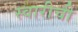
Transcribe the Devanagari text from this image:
स्वारीची